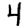
Digit: 4